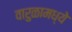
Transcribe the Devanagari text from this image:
वारुळामध्ये